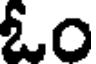
ఓం